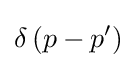
\delta \left(p-p'\right)